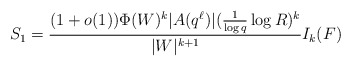
\begin{align*}S_1 = \frac{(1 + o(1)) \Phi(W)^k |A(q^\ell)| (\frac{1}{\log q} \log R)^{k}}{|W|^{k+1}} I_k(F)\end{align*}